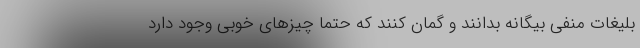
بليغات منفي بيگانه بدانند و گمان كنند كه حتما چيزهاي خوبي وجود دارد